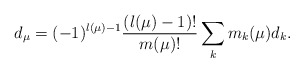
\begin{align*}d_\mu=(-1)^{l(\mu)-1}\frac{(l(\mu)-1)!}{m(\mu)!}\sum_km_{k}(\mu)d_k.\end{align*}